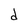
Character: d